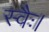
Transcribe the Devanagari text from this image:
स्वैः।